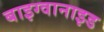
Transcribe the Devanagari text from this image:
बाइग्वानाइड